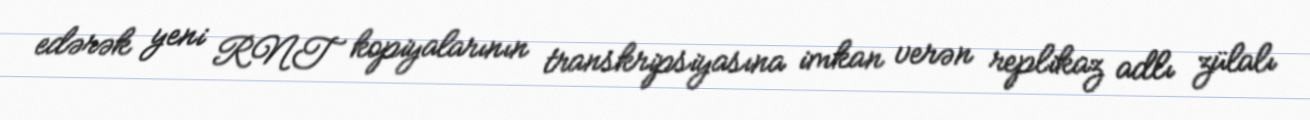
edərək yeni RNT kopiyalarının transkripsiyasına imkan verən replikaz adlı zülalı